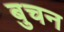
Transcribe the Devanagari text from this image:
बुचन